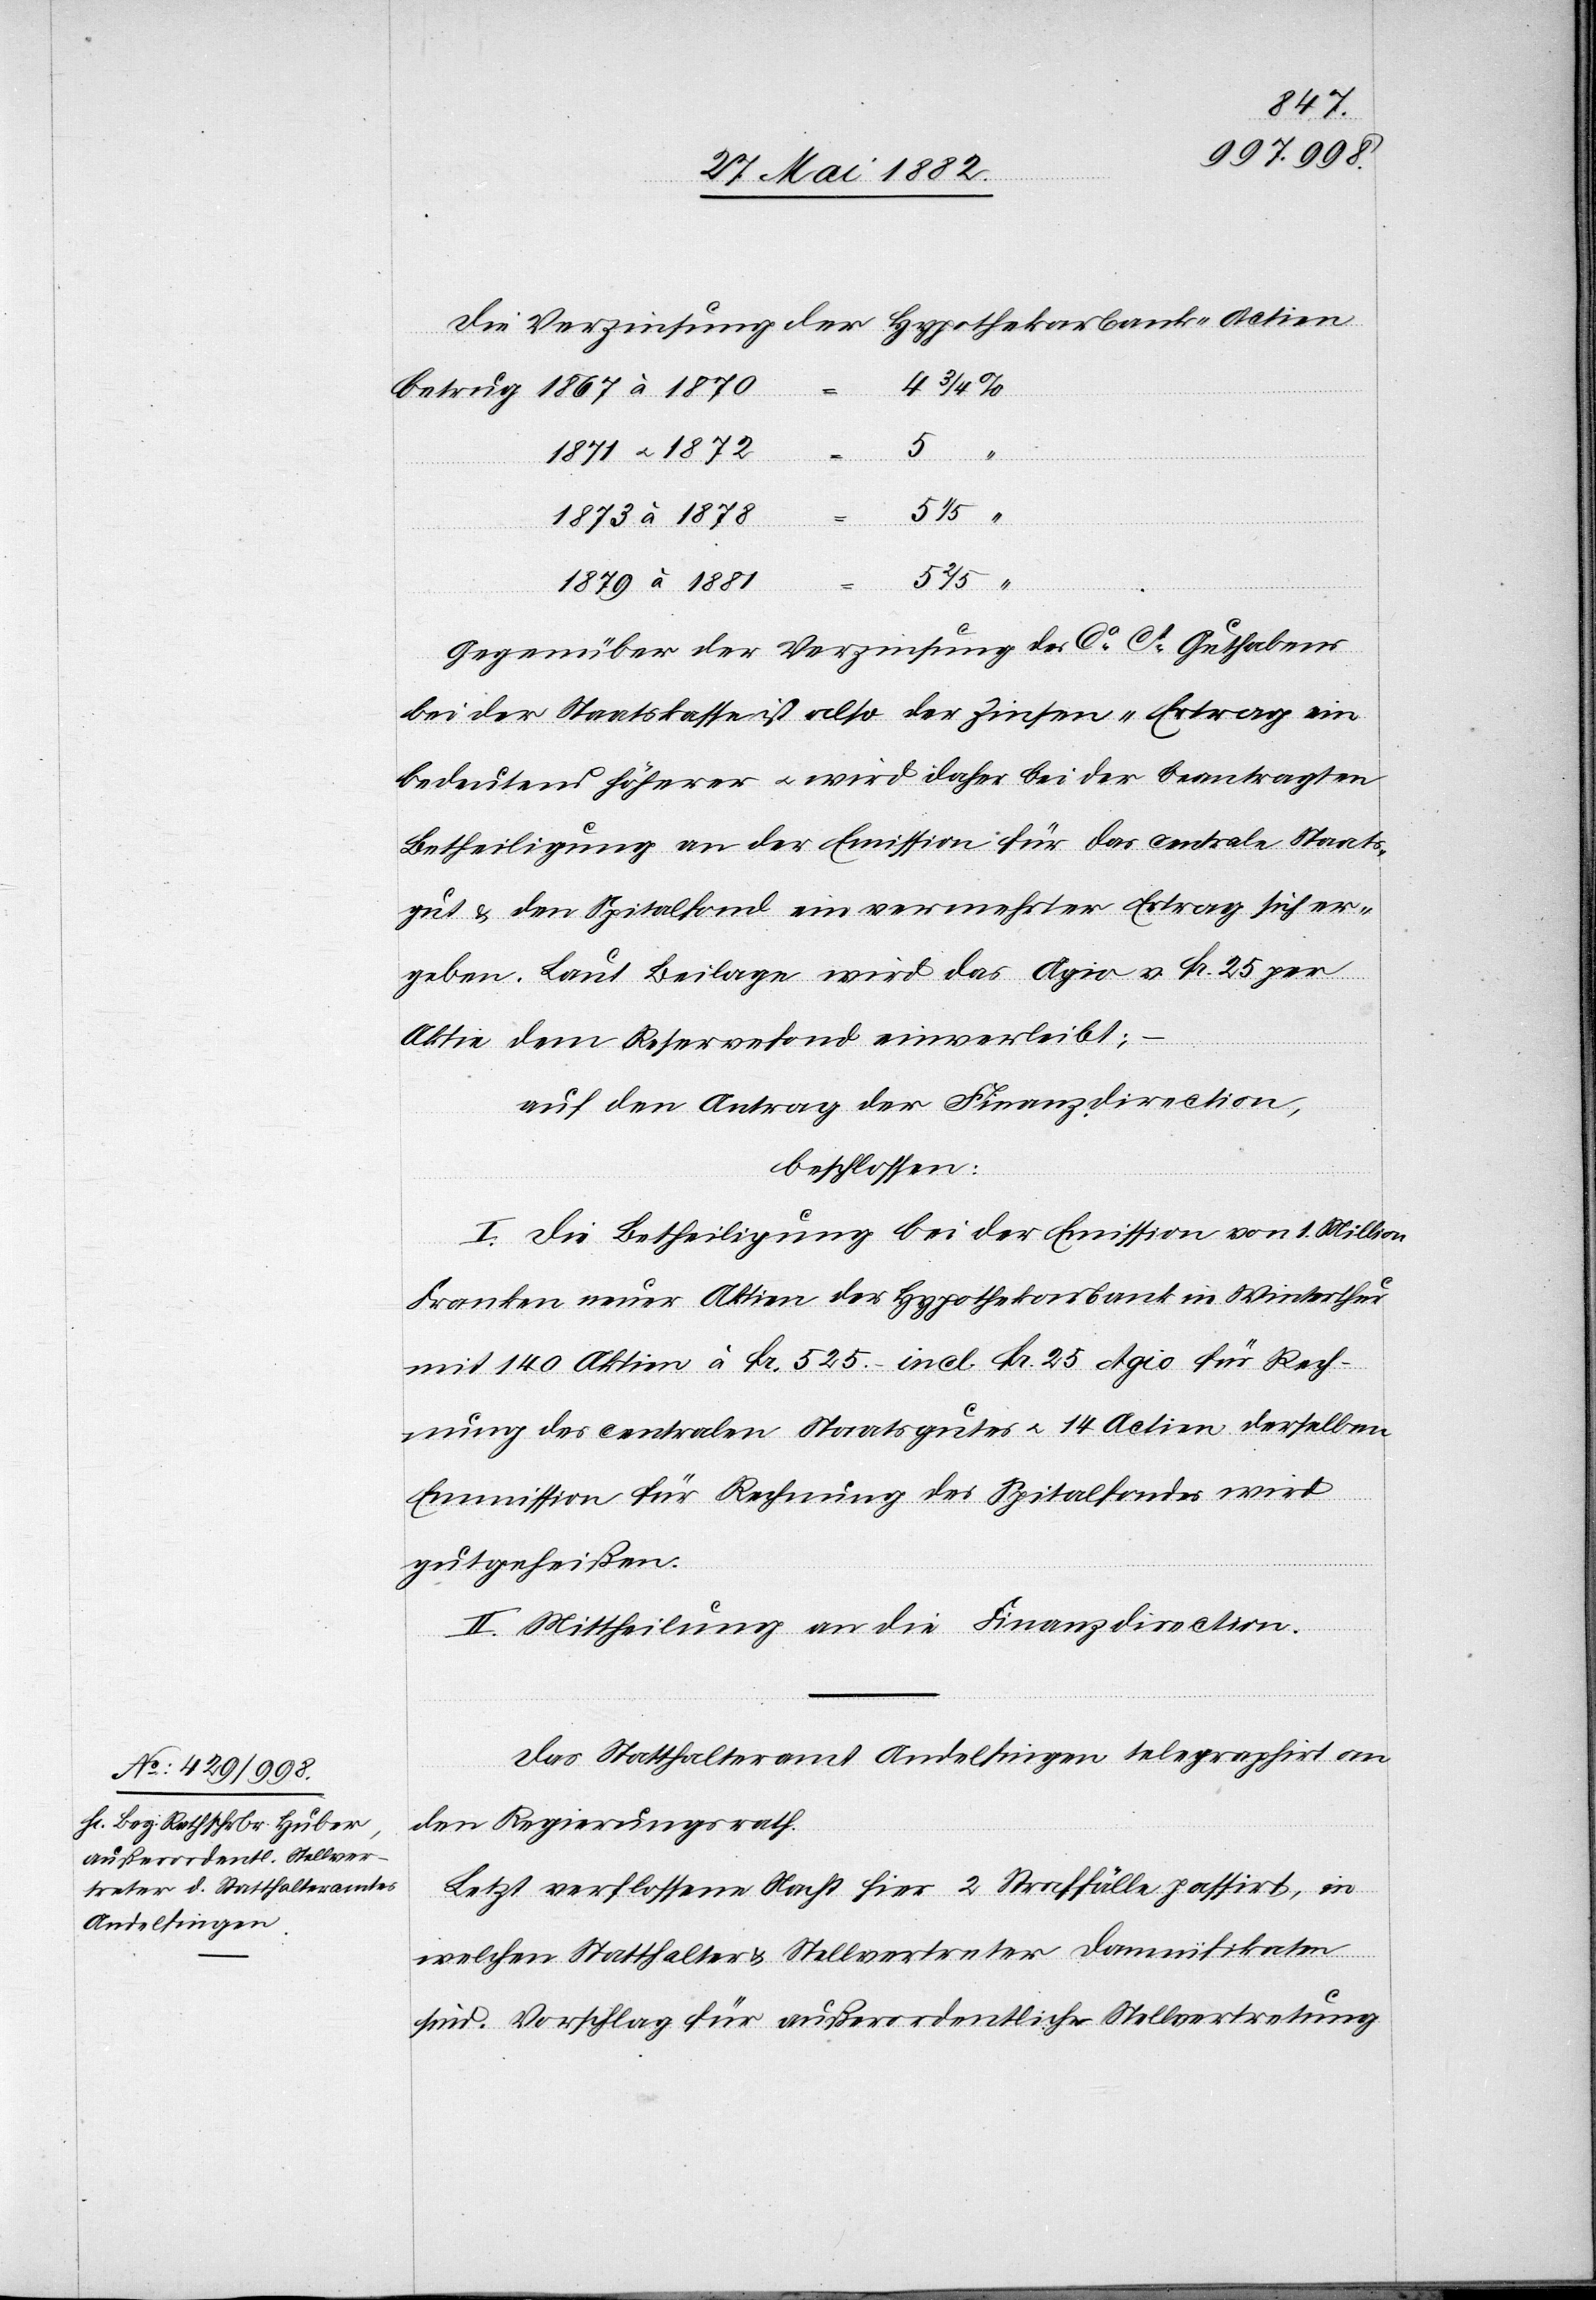
1879
betrug
[31. Mai 1882.]
Die Verzinsung der Hypothekarbank-Actien
1881
erfügungen.
5
Gegenüber der Verzinsung des Co Cd Guthabens
bei der Staatskasse ist also der Zinsen-Ertrag ein
bedeutend höherer u. wird daher bei der beantragten
Betheiligung an der Emission für das centrale Staats¬
gut & den Spitalfond ein vermehrter Ertrag sich er¬
geben. Laut Beilage wird das Agio v. Fr. 25 per
Aktie dem Reservefond einverleibt;
auf den Antrag der Finanzdirection,
beschlossen:
I. Die Betheiligung bei der Emission von 1. Million
Franken neuer Aktien der Hypothekarbank in Winterthur
mit 140 Aktien à Fr. 525.– incl. Fr. 25 Agio für Rech¬
nung des centralen Staatsgutes u. 14 Actien derselben
Emmission [sic!] für Rechnung des Spitalfondes wird
gutgeheißen.
II. Mittheilung an die Finanzdirection.
Das Statthalteramt Andelfingen telegraphiert an
den Regierungsrath.
Letzte verflossene Nacht hier 2 Straffälle passiert, in
welchen Statthalter & Stellvertreter Damnifikaten
sind. Vorschlag für außerordentliche Stellvertretung